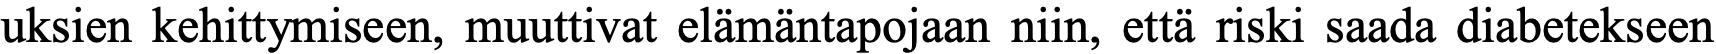
uksien kehittymiseen, muuttivat elämäntapojaan niin, että riski saada diabetekseen